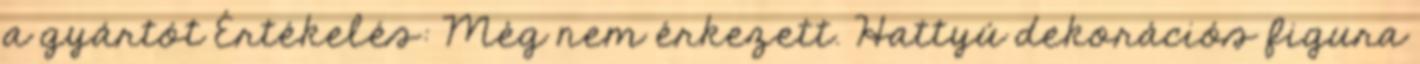
a gyártót Értékelés: Még nem érkezett. Hattyú dekorációs figura